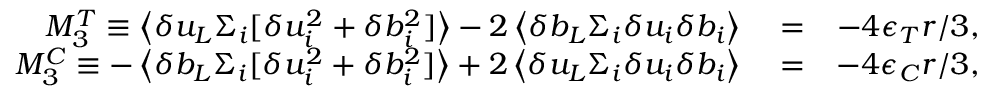
\begin{array} { r l r } { M _ { 3 } ^ { T } \equiv \left< \delta u _ { L } \Sigma _ { i } [ \delta u _ { i } ^ { 2 } + \delta b _ { i } ^ { 2 } ] \right> - 2 \left< \delta b _ { L } \Sigma _ { i } \delta u _ { i } \delta b _ { i } \right> } & { { } = } & { - 4 \epsilon _ { T } r / 3 , } \\ { M _ { 3 } ^ { C } \equiv - \left< \delta b _ { L } \Sigma _ { i } [ \delta u _ { i } ^ { 2 } + \delta b _ { i } ^ { 2 } ] \right> + 2 \left< \delta u _ { L } \Sigma _ { i } \delta u _ { i } \delta b _ { i } \right> } & { { } = } & { - 4 \epsilon _ { C } r / 3 , } \end{array}